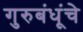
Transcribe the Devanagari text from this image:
गुरुबंधूंचे